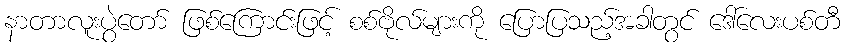
နာတာလူးပွဲတော် ဖြစ်ကြောင်းဖြင့် စစ်ဗိုလ်များကို ပြောပြသည့်အခါတွင် ဒေါ်လေးပစ်တီ